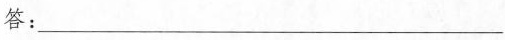
答：___